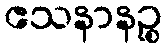
ဧသနာနဉ္စ